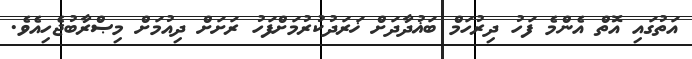
އަތުގައި އޮތް އެންމެ ފަހު ދިރުހަމް ބަޣުދާދަށް ޚަރަދުކުރުމަށްފަހު ރަށަށް ދިއުމަށް މިޞްރާބުޖެހިއެވެ.